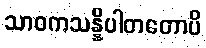
သာဝကသန္နိပါတတောပိ